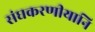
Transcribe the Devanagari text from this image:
संघकरणीयानि